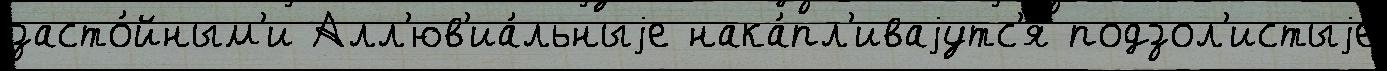
засто́йным'и Алл'юв'иа́льныjе нака́пл'иваjутс'я подзол'истыjе